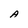
Character: A